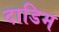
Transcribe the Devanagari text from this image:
दाडिम